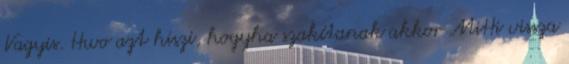
Vagyis. Hwo azt hiszi, hogyha szakítanak akkor MiHi vissza